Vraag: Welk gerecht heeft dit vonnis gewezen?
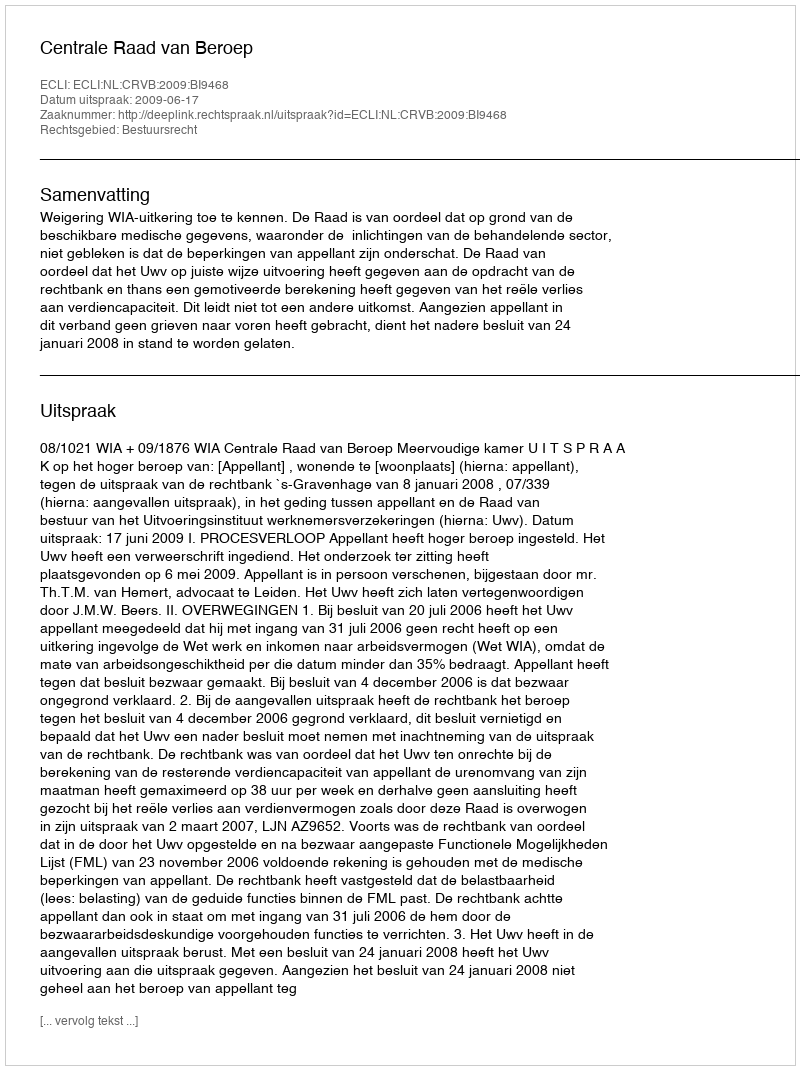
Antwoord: Centrale Raad van Beroep